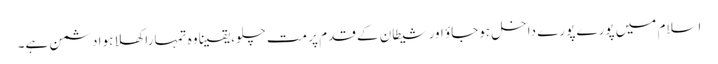
اسلام میں پورے پورے داخل ہوجاؤ اور شیطان کے قدم پر مت چلو، یقینا وہ تمہارا کھلا ہوا دشمن ہے۔